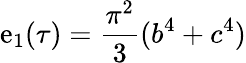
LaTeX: \mathrm{e}_{1}(\tau)={\frac{{\pi^{2}}}{{3}}}(b^{4}+c^{4})